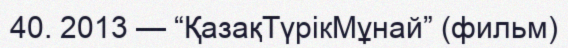
40. 2013 — “ҚазақТүрікМұнай” (фильм)